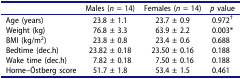
<table><thead><tr><td><b> </b></td><td><b>Males (<i>n</i> = 14)</b></td><td><b>Females (<i>n</i> = 14)</b></td><td><b><i>p</i> value</b></td></tr></thead><tbody><tr><td>Age (years)</td><td>23.8 ± 1.1</td><td>23.7 ± 0.9</td><td>0.972<sup>†</sup></td></tr><tr><td>Weight (kg)</td><td>76.8 ± 3.3</td><td>63.9 ± 2.2</td><td>0.003*</td></tr><tr><td>BMI (kg/m<sup>2</sup>)</td><td>23.8 ± 0.8</td><td>23.4 ± 0.6</td><td>0.688</td></tr><tr><td>Bedtime (dec.h)</td><td>23.82 ± 0.18</td><td>23.50 ± 0.16</td><td>0.188</td></tr><tr><td>Wake time (dec.h)</td><td>7.82 ± 0.18</td><td>7.50 ± 0.16</td><td>0.188</td></tr><tr><td>Horne–Östberg score</td><td>51.7 ± 1.8</td><td>53.4 ± 1.5</td><td>0.461</td></tr></tbody></table>